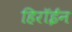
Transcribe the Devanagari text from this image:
हिरॉईन